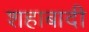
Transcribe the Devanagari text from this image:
शहाबादी